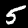
Digit: 5